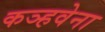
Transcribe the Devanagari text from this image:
कञ्हवेना